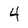
Character: 4